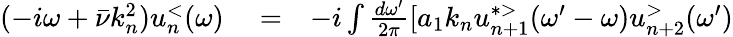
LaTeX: \begin{array}{rlr}{(-i\omega+\bar{\nu}k_{n}^{2})u_{n}^{<}(\omega)}&{{}=}&{-i\int\frac{d\omega^{\prime}}{2\pi}[a_{1}k_{n}u_{n+1}^{*>}(\omega^{\prime}-\omega)u_{n+2}^{>}(\omega^{\prime})}\end{array}